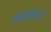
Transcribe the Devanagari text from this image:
कोनीगार